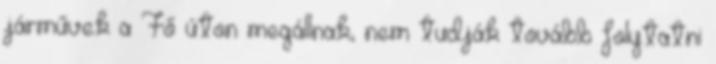
járművek a Fő úton megállnak, nem tudják tovább folytatni